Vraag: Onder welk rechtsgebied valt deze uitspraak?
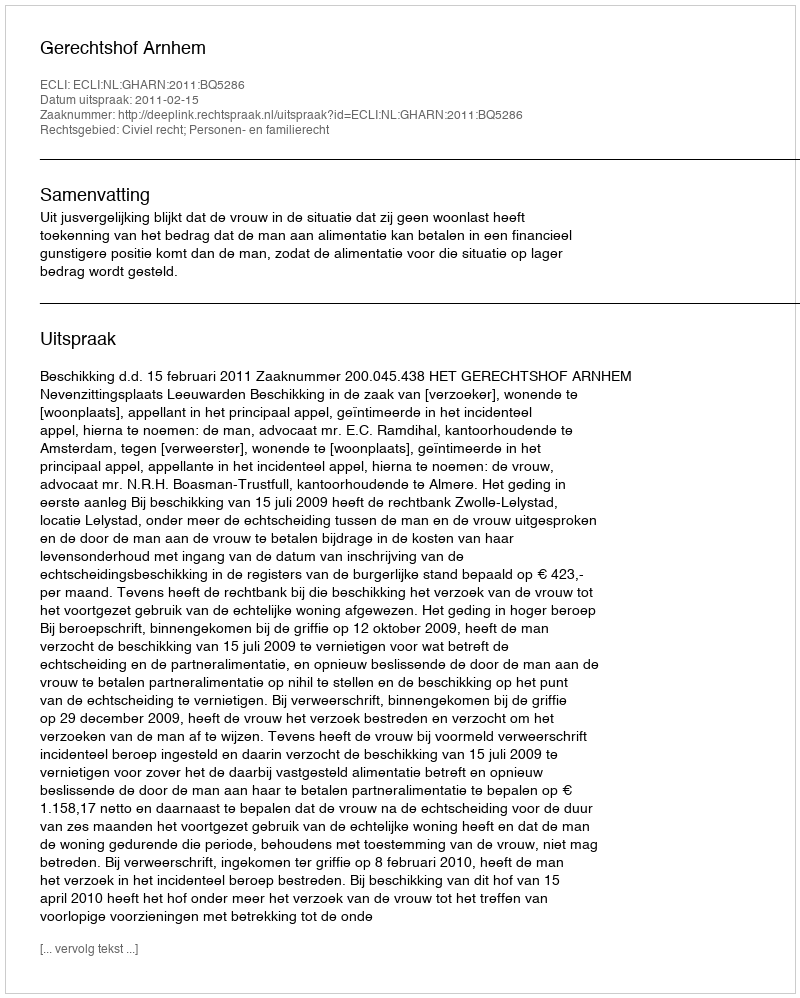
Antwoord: Civiel recht; Personen- en familierecht